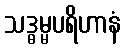
သဒ္ဓမ္မပရိဟာနံ